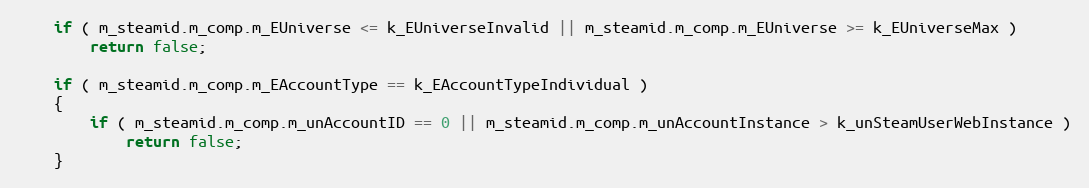
Language: C
	if ( m_steamid.m_comp.m_EUniverse <= k_EUniverseInvalid || m_steamid.m_comp.m_EUniverse >= k_EUniverseMax )
		return false;

	if ( m_steamid.m_comp.m_EAccountType == k_EAccountTypeIndividual )
	{
		if ( m_steamid.m_comp.m_unAccountID == 0 || m_steamid.m_comp.m_unAccountInstance > k_unSteamUserWebInstance )
			return false;
	}